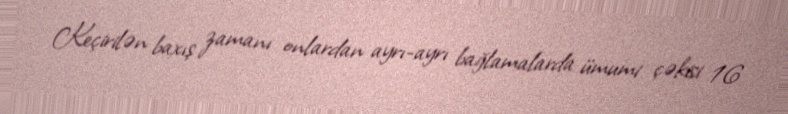
Keçirilən baxış zamanı onlardan ayrı-ayrı bağlamalarda ümumi çəkisi 16